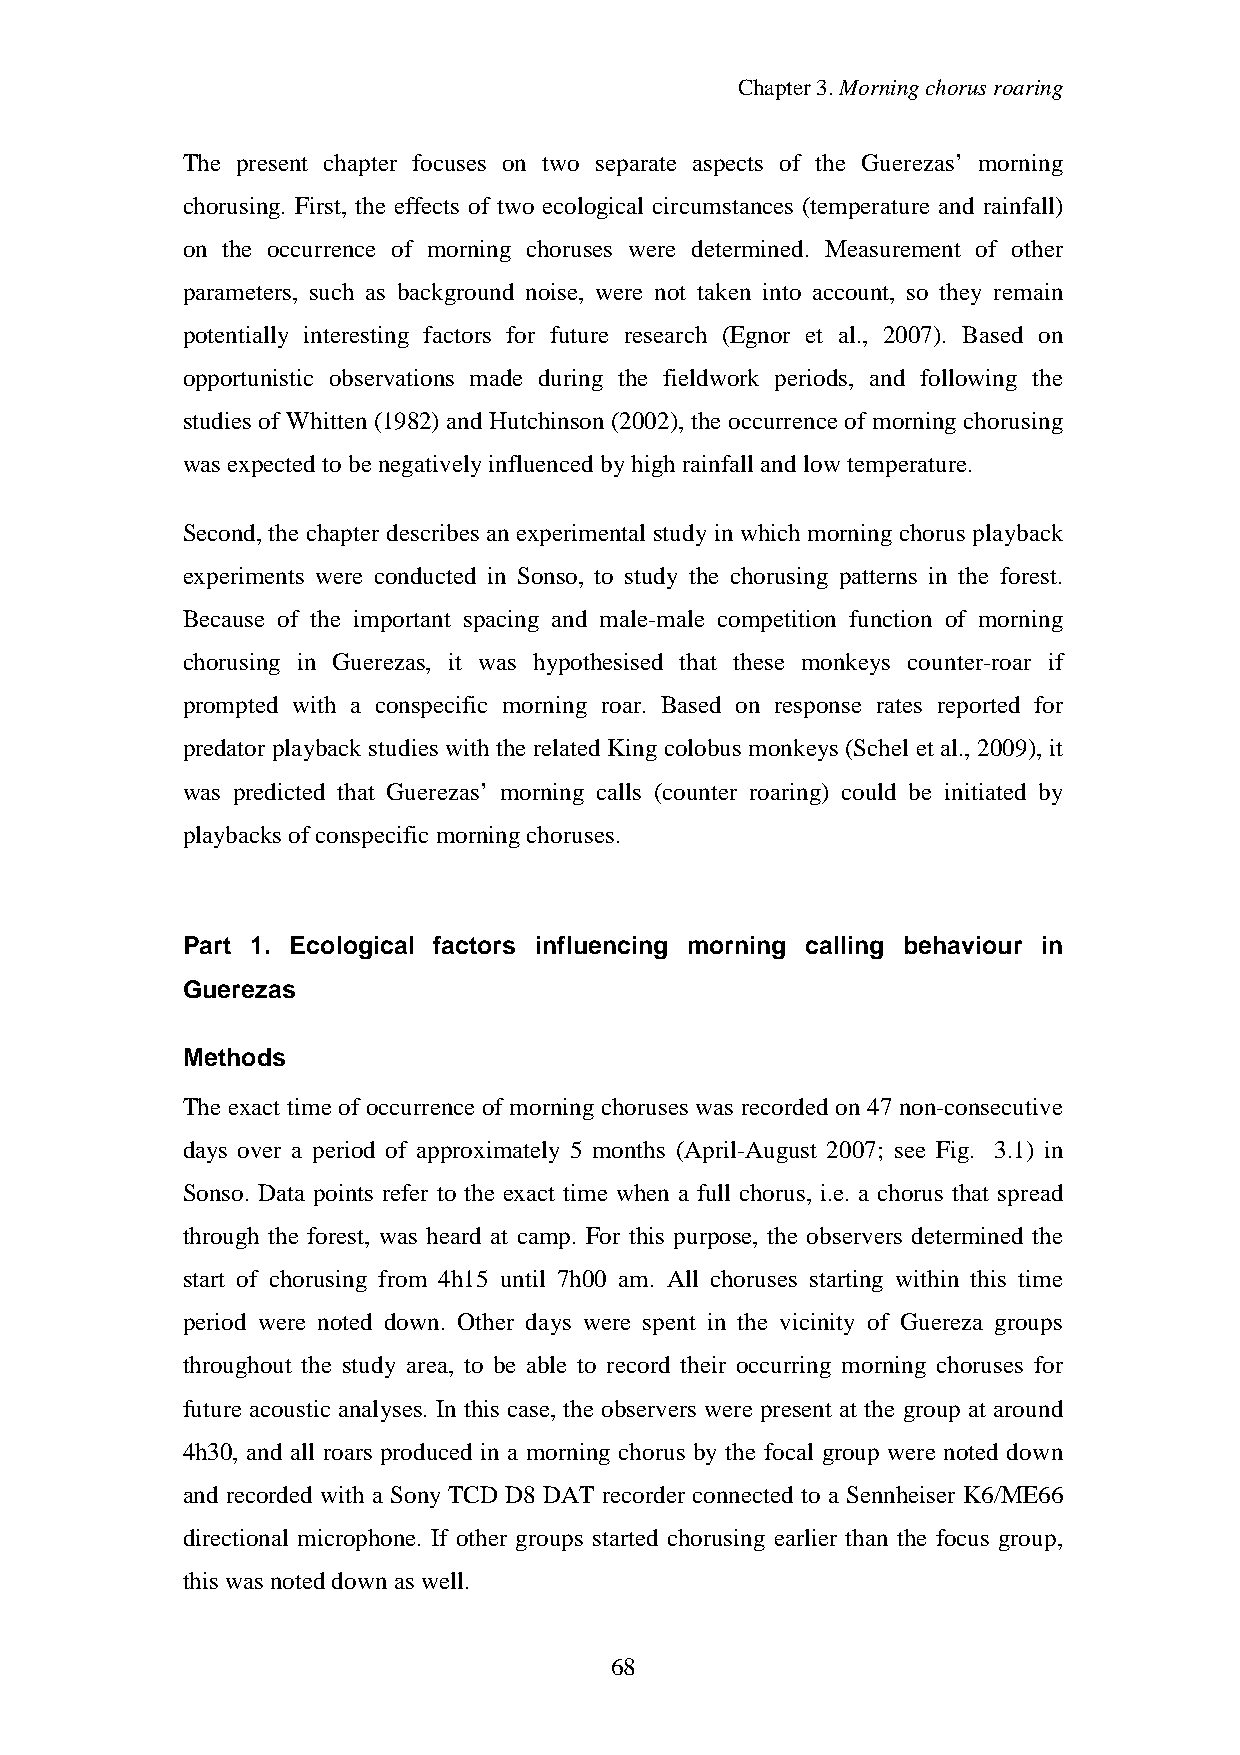
Chapter3.Morningchorusroaring
 The present chapter focuses on two separate aspects of the Guerezas’ morning
 chorusing. First, the effects of two ecological circumstances (temperature and rainfall)
 on the occurrence of morning choruses were determined. Measurement of other
 parameters, such as background noise, were not taken into account, so they remain
 potentially interesting factors for future research (Egnor et al., 2007). Based on
 opportunistic observations made during the fieldwork periods, and following the
 studies of Whitten (1982) and Hutchinson (2002), the occurrence of morning chorusing
 was expectedtobenegativelyinfluencedbyhigh rainfall andlowtemperature.
 Second, the chapter describes an experimental studyin which morning chorus playback
 experiments were conducted in Sonso, to study the chorusing patterns in the forest.
 Because of the important spacing and male-male competition function of morning
 chorusing in Guerezas, it was hypothesised that these monkeys counter-roar if
 prompted with a conspecific morning roar. Based on response rates reported for
 predator playback studies with the related Kingcolobus monkeys (Schel et al., 2009), it
 was predicted that Guerezas’ morning calls (counter roaring) could be initiated by
 playbacks of conspecific morningchoruses.
 Part 1. Ecological factors influencing morning calling behaviour in
 Guerezas
 Methods
 The exact time of occurrence of morning choruses was recorded on 47 non-consecutive
 days over a period of approximately 5 months (April-August 2007; see Fig. 3.1) in
 Sonso. Data points refer to the exact time when a full chorus, i.e. a chorus that spread
 through the forest, was heard at camp. For this purpose, the observers determined the
 start of chorusing from 4h15 until 7h00 am. All choruses starting within this time
 period were noted down. Other days were spent in the vicinity of Guereza groups
 throughout the study area, to be able to record their occurring morning choruses for
 future acoustic analyses. In this case, the observers were present at the group at around
 4h30, and all roars produced in a morning chorus by the focal group were noted down
 and recorded with a Sony TCD D8 DAT recorder connected to a Sennheiser K6/ME66
 directional microphone. If other groups started chorusing earlier than the focus group,
 this was noteddownas well.
 68